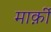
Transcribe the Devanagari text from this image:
मार्क़ी